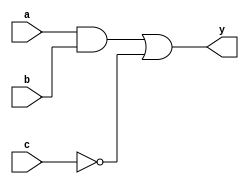
module simple_continuous_assignment (
    input wire a,          // Input signal a
    input wire b,          // Input signal b
    input wire c,          // Input signal c
    output wire y          // Output signal y
);

// Continuous assignment using combinational logic
assign y = (a & b) | (~c); // y is the result of (a AND b) OR (NOT c)

endmodule